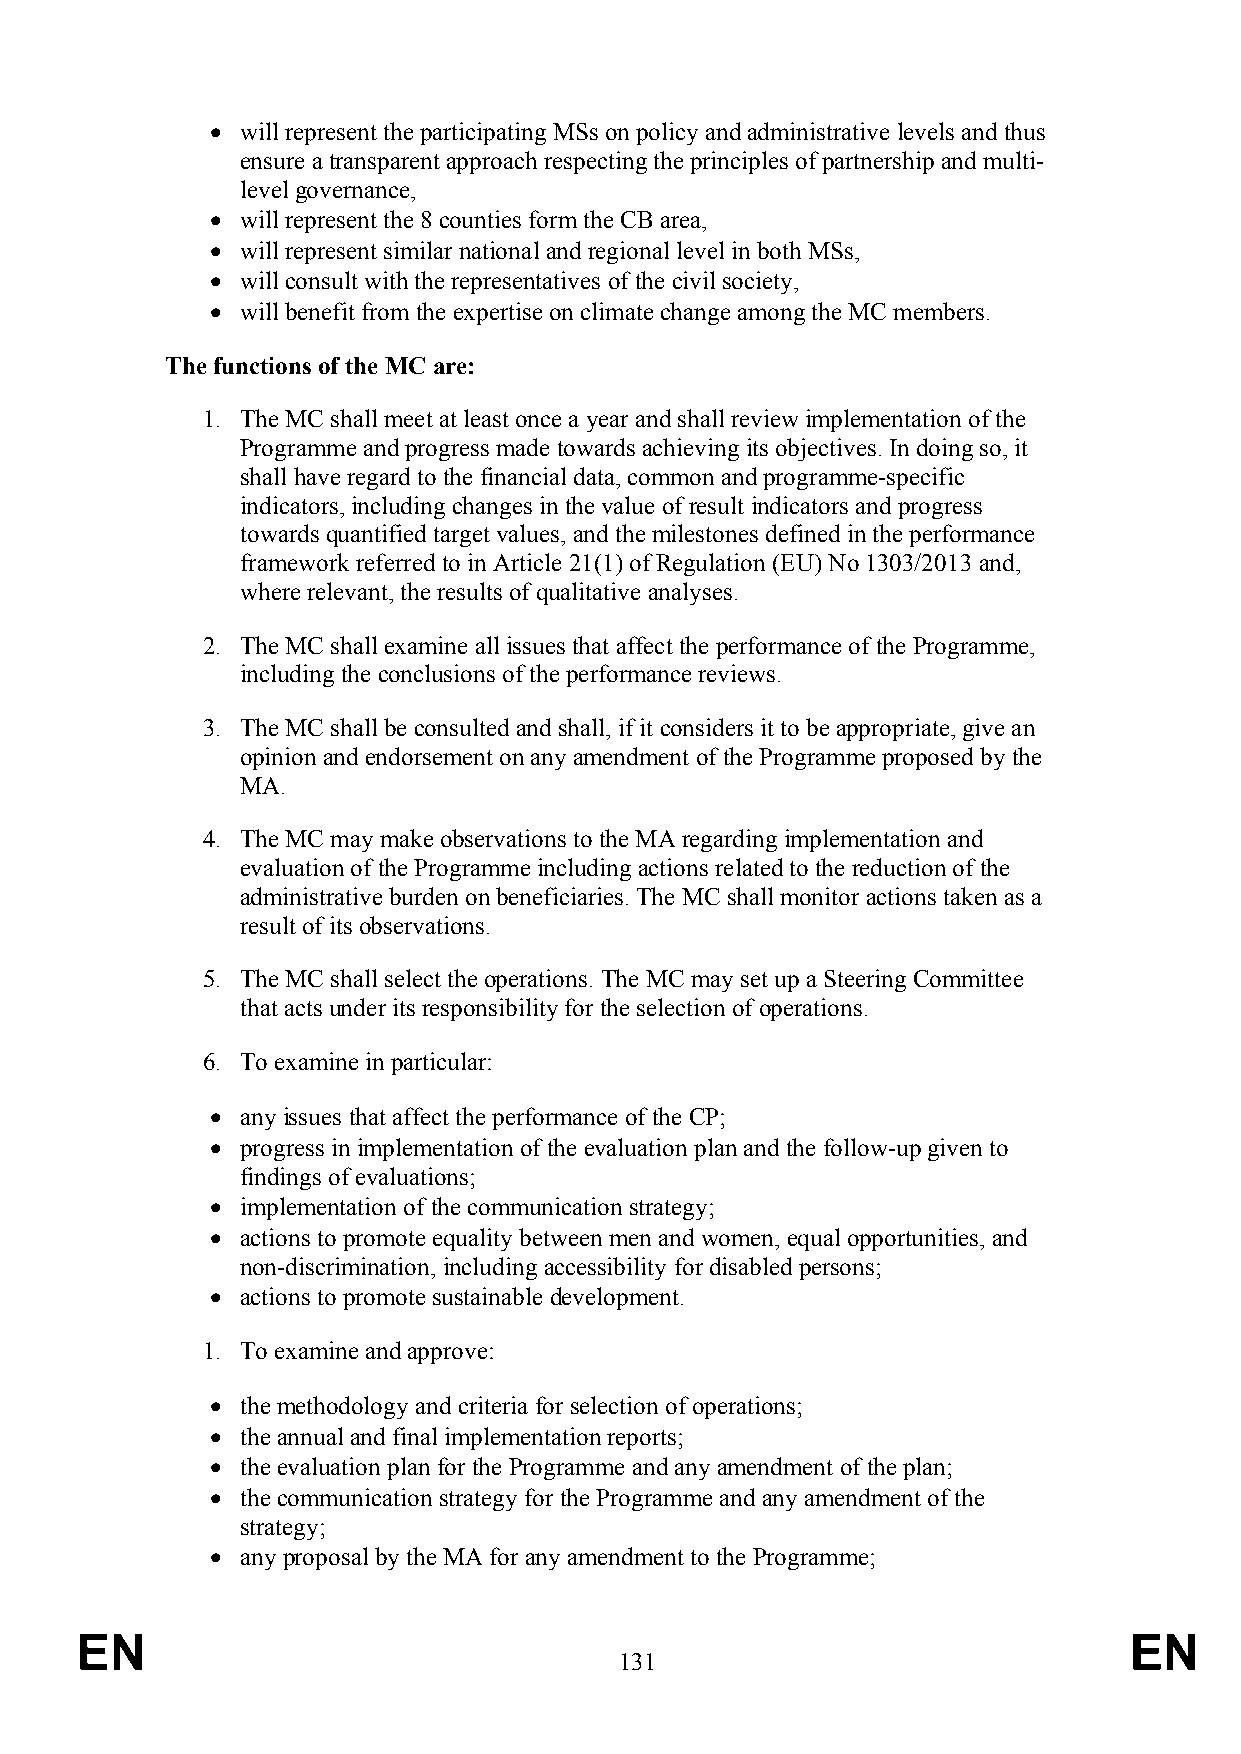
 will represent the participating MSs on policy and administrative levels and thus
 ensure a transparent approach respecting the principles of partnership and multi-
 level governance,
  will represent the 8 counties form the CB area,
  will represent similar national and regional level in both MSs,
  will consult with the representatives of the civil society,
  will benefit from the expertise on climate change among the MC members.
 The functions of the MC are:
 1. The MC shall meet at least once a year and shall review implementation of the
 Programme and progress made towards achieving its objectives. In doing so, it
 shall have regard to the financial data, common and programme-specific
 indicators, including changes in the value of result indicators and progress
 towards quantified target values, and the milestones defined in the performance
 framework referred to in Article 21(1) of Regulation (EU) No 1303/2013 and,
 where relevant, the results of qualitative analyses.
 2. The MC shall examine all issues that affect the performance of the Programme,
 including the conclusions of the performance reviews.
 3. The MC shall be consulted and shall, if it considers it to be appropriate, give an
 opinion and endorsement on any amendment of the Programme proposed by the
 MA.
 4. The MC may make observations to the MA regarding implementation and
 evaluation of the Programme including actions related to the reduction of the
 administrative burden on beneficiaries. The MC shall monitor actions taken as a
 result of its observations.
 5. The MC shall select the operations. The MC may set up a Steering Committee
 that acts under its responsibility for the selection of operations.
 6. To examine in particular:
  any issues that affect the performance of the CP;
  progress in implementation of the evaluation plan and the follow-up given to
 findings of evaluations;
  implementation of the communication strategy;
  actions to promote equality between men and women, equal opportunities, and
 non-discrimination, including accessibility for disabled persons;
  actions to promote sustainable development.
 1. To examine and approve:
  the methodology and criteria for selection of operations;
  the annual and final implementation reports;
  the evaluation plan for the Programme and any amendment of the plan;
  the communication strategy for the Programme and any amendment of the
 strategy;
  any proposal by the MA for any amendment to the Programme;
 EN                                                                    EN
 131